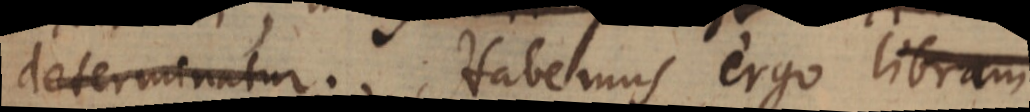
determinatur. Habemus ergo libram